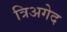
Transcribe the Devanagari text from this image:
त्रिअगेद